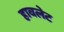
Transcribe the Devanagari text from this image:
हावलेट